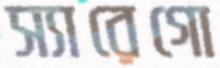
স্যারেগো